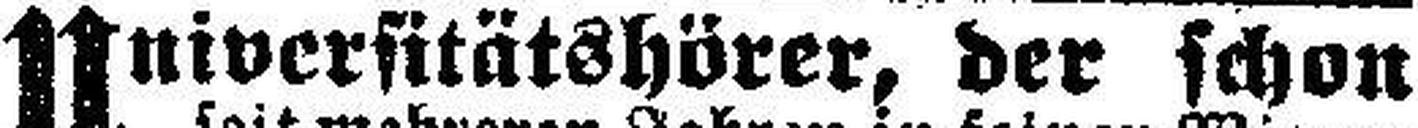
Universitätshörer, der schon